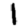
Digit: 1